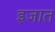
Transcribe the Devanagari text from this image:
इजात